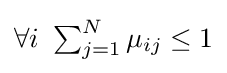
{\textstyle \forall i~\sum _{j=1}^{N}\mu _{ij}\leq 1}